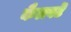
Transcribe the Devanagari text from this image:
कैलवटॆ